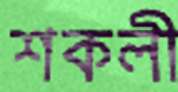
শকলী